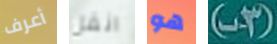
أعرف انقل هو (3-ب)